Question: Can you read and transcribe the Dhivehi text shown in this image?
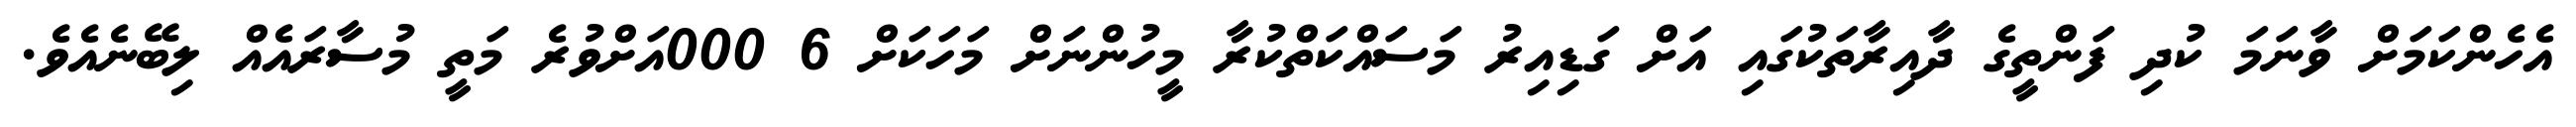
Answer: އެހެންކަމަށް ވާނަމަ ކުދި ފަންތީގެ ދާއިރާތަކުގައި އަށް ގަޑިއިރު މަސައްކަތްކުރާ މީހުންނަށް މަހަކަށް 6 000އަށްވުރެ މަތީ މުސާރައެއް ލިބޭނެއެވެ.